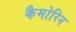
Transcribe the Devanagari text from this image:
कैमोरिन